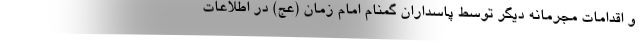
و اقدامات مجرمانه دیگر توسط پاسداران گمنام امام زمان (عج) در اطلاعات